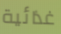
غذائية